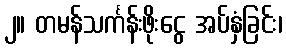
၂။ တမန်သင်္ကန်းဖိုးငွေ အပ်နှံခြင်း၊